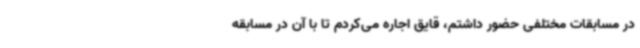
در مسابقات مختلفی حضور داشتم، قایق اجاره می‌کردم تا با آن در مسابقه